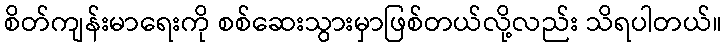
စိတ်ကျန်းမာရေးကို စစ်ဆေးသွားမှာဖြစ်တယ်လို့လည်း သိရပါတယ်။